Proceedings of the meeting of veterinary officers in India
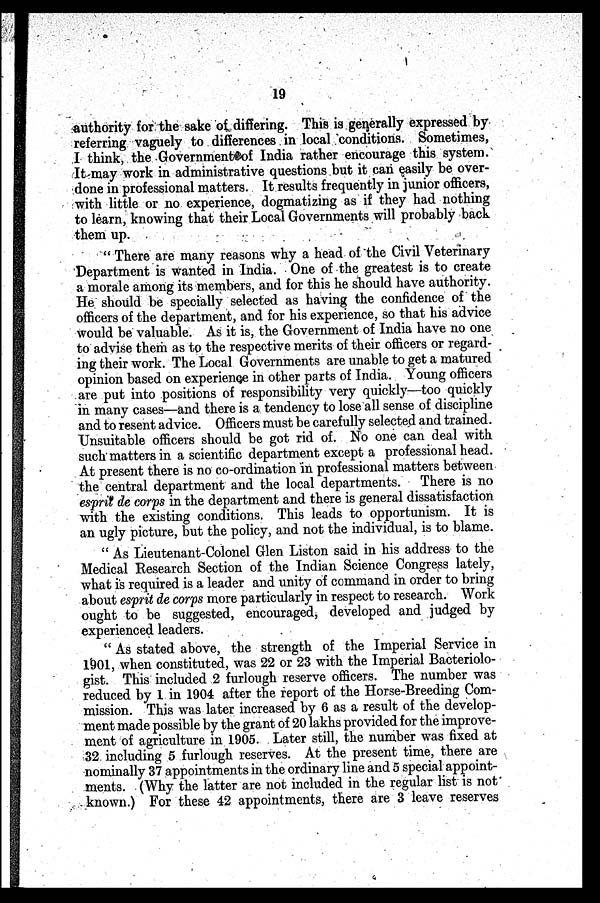
19
authority for the sake of differing. This is generally expressed by
referring vaguely to differences in local conditions. Sometimes,
I think, the Government of India rather encourage this system.
It may work in administrative questions but it can easily be over-
done in professional matters. It results frequently in junior officers,
with little or no experience, dogmatizing as if they had nothing
to learn, knowing that their Local Governments will probably back
them up.
" There are many reasons why a head of the Civil Veterinary
Department is wanted in India. One of the greatest is to create
a morale among its members, and for this he should have authority.
He should be specially selected as having the confidence of the
officers of the department, and for his experience, so that his advice
would be valuable. As it is, the Government of India have no one
to advise them as to the respective merits of their officers or regard-
ing their work. The Local Governments are unable to get a matured
opinion based on experience in other parts of India. Young officers
are put into positions of responsibility very quickly—too quickly
in many cases—and there is a tendency to lose all sense of discipline
and to resent advice. Officers must be carefully selected and trained.
Unsuitable officers should be got rid of. No one can deal with
such matters in a scientific department except a professional head.
At present there is no co-ordination in professional matters between
the central department and the local departments. There is no
esprit de corps in the department and there is general dissatisfaction
with the existing conditions. This leads to opportunism. It is
an ugly picture, but the policy, and not the individual, is to blame.
" As Lieutenant-Colonel Glen Liston said in his address to the
Medical Research Section of the Indian Science Congress lately,
what is required is a leader and unity of command in order to bring
about esprit de corps more particularly in respect to research. Work
ought to be suggested, encouraged, developed and judged by
experienced leaders.
" As stated above, the strength of the Imperial Service in
1901, when constituted, was 22 or 23 with the Imperial Bacteriolo-
gist. This included 2 furlough reserve officers. The number was
reduced by 1 in 1904 after the report of the Horse-Breeding Com-
mission. This was later increased by 6 as a result of the develop-
ment made possible by the grant of 20 lakhs provided for the improve-
ment of agriculture in 1905. Later still, the number was fixed at
32 including 5 furlough reserves. At the present time, there are
nominally 37 appointments in the ordinary line and 5 special appoint-
ments. (Why the latter are not included in the regular list is not
known.) For these 42 appointments, there are 3 leave reserves